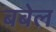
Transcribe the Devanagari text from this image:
बबेल